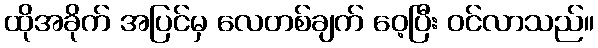
ထိုအခိုက် အပြင်မှ လေတစ်ချက် ဝေ့ပြီး ဝင်လာသည်။